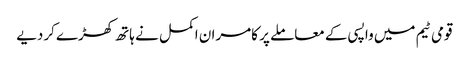
قومی ٹیم میں واپسی کے معاملے پر کامران اکمل نے ہاتھ کھڑے کردیے